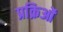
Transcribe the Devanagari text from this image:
प्रक्रिओं